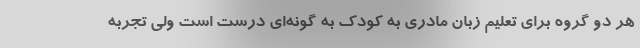
هر دو گروه برای تعلیم زبان مادری به کودک به گونه‌ای درست است ولی تجربه